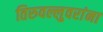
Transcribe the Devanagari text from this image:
तिरुवल्लुवरांना